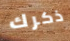
ذكرك